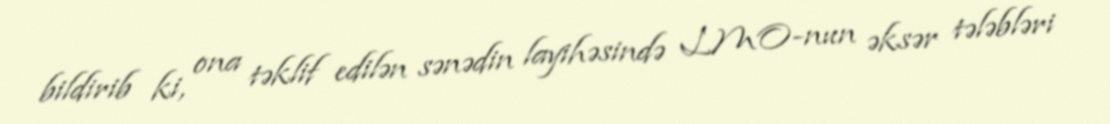
bildirib ki, ona təklif edilən sənədin layihəsində LMO-nun əksər tələbləri